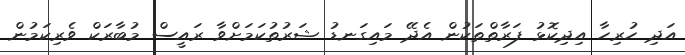
އަދި ހުރިހާ އިދިކޮޅު ފަރާތްތަކުން އެދޭ މައިގަނޑު ޝަރުތުކަމަށްވާ ރައީސް މުބާރަކް ވެރިކަމުން